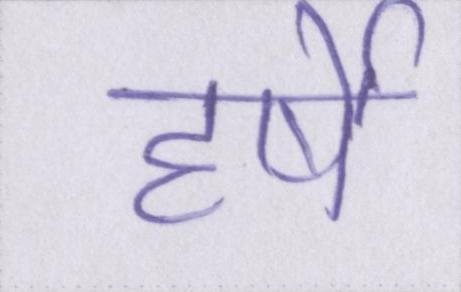
हर्षे